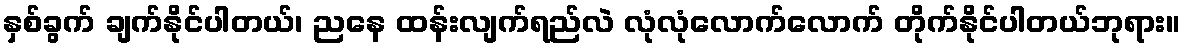
နှစ်ခွက် ချက်နိုင်ပါတယ်၊ ညနေ ထန်းလျက်ရည်လဲ လုံလုံလောက်လောက် တိုက်နိုင်ပါတယ်ဘုရား။